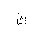
Letter: _tha